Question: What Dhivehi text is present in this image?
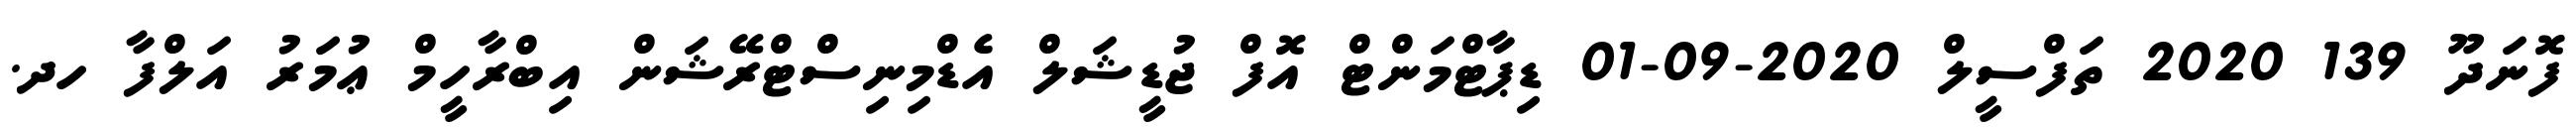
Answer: ފޮނަދޫ 139 2020 ތަފްސީލް 2020-09-01 ޑިޕާޓްމަންޓް އޮފް ޖުޑީޝަލް އެޑްމިނިސްޓްރޭޝަން އިބްރާހީމް ޢުމަރު އަލްފާ ހދ.